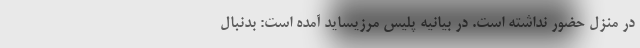
در منزل حضور نداشته است. در بیانیه پلیس مرزیساید آمده است: بدنبال